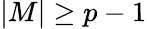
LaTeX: |M|\geq p-1